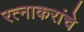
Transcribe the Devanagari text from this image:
रत्नाकरांचे